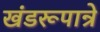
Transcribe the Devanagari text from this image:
खंडरूपान्रे